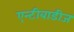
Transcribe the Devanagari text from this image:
एन्टीबाडीज